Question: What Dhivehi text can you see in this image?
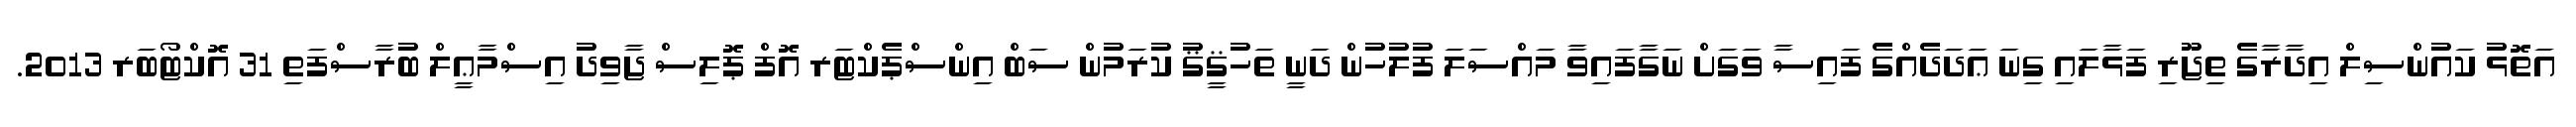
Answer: އަތޮޅު ކައުންސިލް އިދާރާގެ ތިޖޫރި ފަޅާލައި ގިނަ ޢަދަދެއްގެ ފައިސާ ވަގަށް ނަގާފައިވާ މައްސަލަ ފުލުހުން ދަނީ ތަހުޤީޤު ކުރަމުން ސަބް އިންސްޕެކްޓަރ އޮފް ޕޮލިސް ޖާވިދު އިސްމާޢީލް ބުރާސްފަތި 31 އޮކްޓޯބަރ 2013.